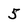
Character: 5